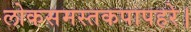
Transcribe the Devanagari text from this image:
लोकसमस्तकपापहरे।